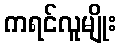
ကရင်လူမျိုး